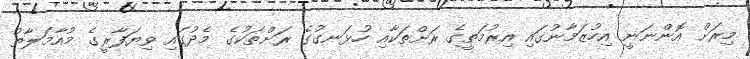
މިރަށް އޮންނަނީ އިހުޒަމާނުގައި އިރުމަތީގެ ރަށްތަކާއި ހުޅަނގުގެ ރަށްތަކުގެ މެދުގައި ވިޔަފާރީގެ މުއާމަލާތު